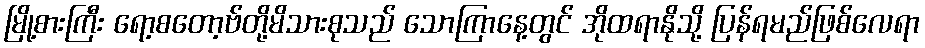
မြို့စားကြီး ရော့စတော့ဗ်တို့မိသားစုသည် သောကြာနေ့တွင် အိုထရာနိုသို့ ပြန်ရမည်ဖြစ်လေရာ